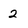
Character: 2